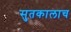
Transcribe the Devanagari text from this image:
सुतकालाच